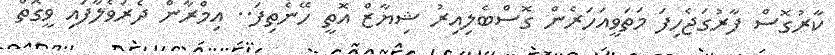
ކާރުގޮސް ފާރުގަޖެހިފަ މަތަވީއަހަރެން ގޮސްބެލިއިރު ޝިޔާޒް އޮތީ ހޭނެތިފަ.. އިމްރާން ދެރަވެލާފައި ވީގޮތް